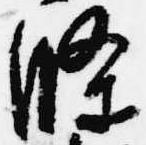
条